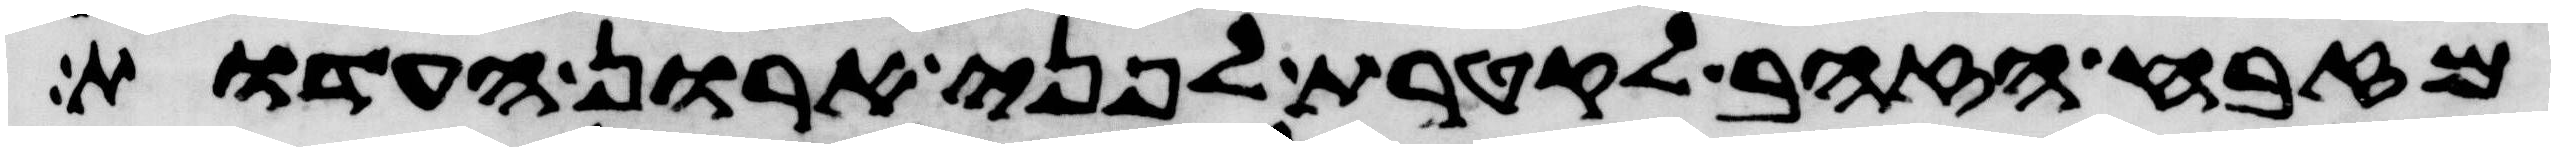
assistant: מזבח הזהב לקטרת לפני ארון העדות